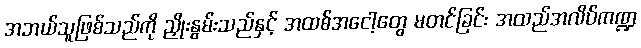
အဘယ်သူဖြစ်သည်ကို ညှိုးနွမ်းသည်နှင့် အထစ်အငေါ့တွေ မတင်ခြင်း အထည်အလိပ်ကဏ္ဍ